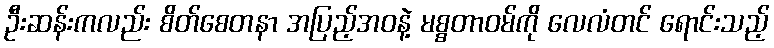
ဦးဆန်းကလည်း စိတ်စေတနာ အပြည့်အဝနဲ့ မစ္စတာဝမ်ကို လေလံတင် ရောင်းသည့်